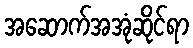
အဆောက်အအုံဆိုင်ရာ